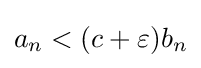
a_{n}<(c+\varepsilon )b_{n}